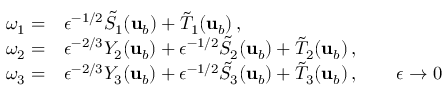
\begin{array} { r l } { \omega _ { 1 } = } & { \epsilon ^ { - 1 / 2 } \tilde { S } _ { 1 } ( { \mathbf { u } } _ { b } ) + \tilde { T } _ { 1 } ( { \mathbf { u } } _ { b } ) \, , } \\ { \omega _ { 2 } = } & { \epsilon ^ { - 2 / 3 } Y _ { 2 } ( { \mathbf { u } } _ { b } ) + \epsilon ^ { - 1 / 2 } \tilde { S } _ { 2 } ( { \mathbf { u } } _ { b } ) + \tilde { T } _ { 2 } ( { \mathbf { u } } _ { b } ) \, , } \\ { \omega _ { 3 } = } & { \epsilon ^ { - 2 / 3 } Y _ { 3 } ( { \mathbf { u } } _ { b } ) + \epsilon ^ { - 1 / 2 } \tilde { S } _ { 3 } ( { \mathbf { u } } _ { b } ) + \tilde { T } _ { 3 } ( { \mathbf { u } } _ { b } ) \, , \qquad \epsilon \to 0 } \end{array}